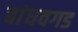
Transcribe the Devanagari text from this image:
बांधवगड